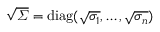
\sqrt { \varSigma } = \ensuremath { \mathrm { d i a g } } ( \sqrt { \sigma _ { 1 } } , \dots , \sqrt { \sigma _ { n } } )